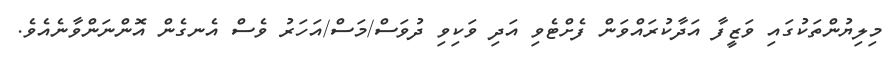
މިލިޔުންތަކުގައި ވަޒީފާ އަދާކުރައްވަން ފެށްޓެވި އަދި ވަކިވި ދުވަސް/މަސް/އަހަރު ވެސް އެނގެން އޮންނަންވާނެއެވެ.